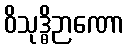
ဝိသုဒ္ဓိဉာဏော